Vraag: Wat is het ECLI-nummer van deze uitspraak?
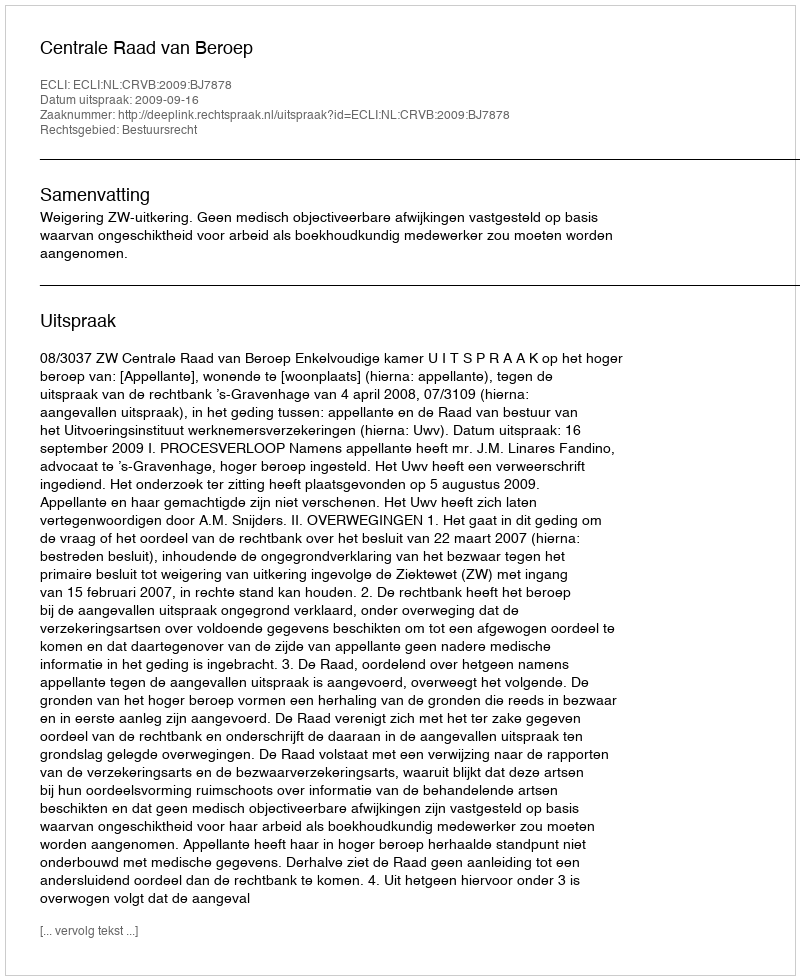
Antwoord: ECLI:NL:CRVB:2009:BJ7878